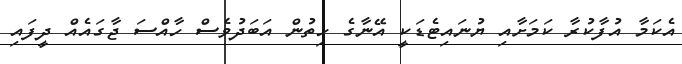
އެކަމާ އުފާކުރާ ކަމަށާއި ޔުނައިޓެޑަކީ އޭނާގެ ހިތުން އަބަދުވެސް ހާއްސަ ޖާގައެއް ދީފައި